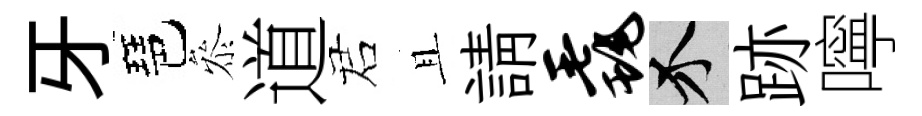
牙琶叅道诺且請毳介跡嚀